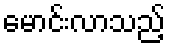
မောင်းလာသည့်